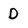
Character: D